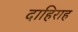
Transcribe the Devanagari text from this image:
दाहिराह